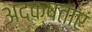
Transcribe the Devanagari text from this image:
अदक्षताएं